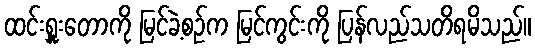
ထင်းရှူးတောကို မြင်ခဲ့စဉ်က မြင်ကွင်းကို ပြန်လည်သတိရမိသည်။